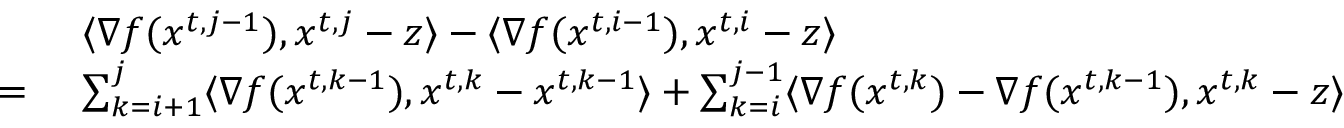
\begin{array} { r l } & { \langle \nabla f ( { x } ^ { t , j - 1 } ) , { x } ^ { t , j } - { z } \rangle - \langle \nabla f ( { x } ^ { t , i - 1 } ) , { x } ^ { t , i } - { z } \rangle } \\ { = \ } & { \sum _ { k = i + 1 } ^ { j } \langle \nabla f ( { x } ^ { t , k - 1 } ) , { x } ^ { t , k } - { x } ^ { t , k - 1 } \rangle + \sum _ { k = i } ^ { j - 1 } \langle \nabla f ( { x } ^ { t , k } ) - \nabla f ( { x } ^ { t , k - 1 } ) , { x } ^ { t , k } - { z } \rangle } \end{array}